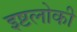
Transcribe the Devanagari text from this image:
इष्टलोकी